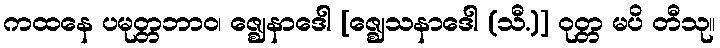
ကထနေ ပမုတ္တဘာဝ၊ ဇ္ဈေနာဒေါ [ဇ္ဈေသနာဒေါ (သီ.)] ဝုတ္တ မပိ တီသု။